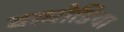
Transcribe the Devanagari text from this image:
वाघोडिया